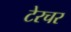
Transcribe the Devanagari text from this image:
टेरचर